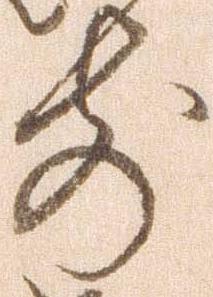
前